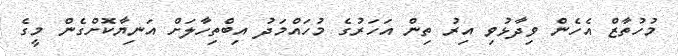
މުހުތާޒް އެހެން ވިދާޅުވި އިރު ތިން އަހަރުގެ މުހައްމަދު އިބްތިހާލަށް އަނިޔާކޮށްގެން މީގެ